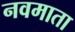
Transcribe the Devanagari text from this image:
नवमाता